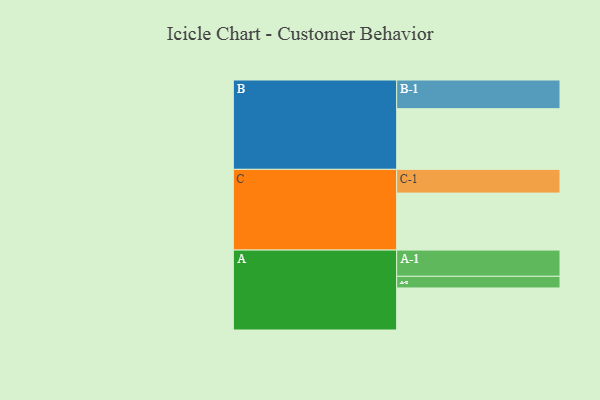
{"axis": {"x": "Segment", "y": "Value"}, "legend": ["", "A", "B", "C"], "data": [{"x": "A", "y": 303, "type": ""}, {"x": "B", "y": 437, "type": ""}, {"x": "C", "y": 411, "type": ""}, {"x": "A-1", "y": 189, "type": "A"}, {"x": "A-2", "y": 84, "type": "A"}, {"x": "B-1", "y": 207, "type": "B"}, {"x": "C-1", "y": 171, "type": "C"}]}